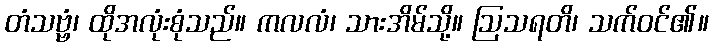
တံသဗ္ဗံ၊ ထိုအလုံးစုံသည်။ ကလလံ၊ သားအိမ်သို့။ ဩသရတိ၊ သက်ဝင်၏။